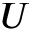
U